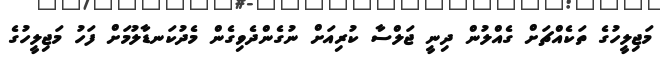
މަޖިލީހުގެ ތަކެއްޗަށް ގެއްލުން ދިނީ ޖަލްސާ ކުރިއަށް ނުގެންދެވިގެން މެދުކަނޑާލުމަށް ފަހު މަޖިލީހުގެ